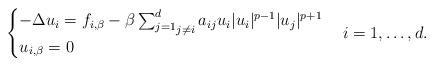
LaTeX: \begin{align*}\begin{cases}-\Delta u_i=f_{i,\beta}-\beta \mathop{\sum_{j=1}^d}_{j\neq i} a_{ij} u_i |u_i|^{p-1}|u_j|^{p+1} & \\u_{i,\beta} = 0 &\end{cases}i=1,\ldots, d.\end{align*}